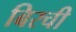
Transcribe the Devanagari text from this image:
बिरची